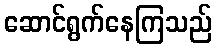
ဆောင်ရွက်နေကြသည်